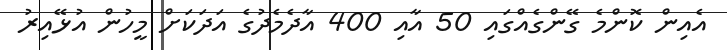
އެއިން ކޮންމެ ގޭންގެއްގައި 50 އާއި 400 އާދެމެދުގެ އަދަކަށް މީހުން އުޅޭއިރު